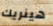
هينريك